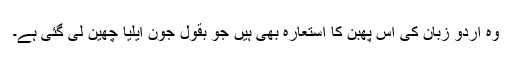
وہ اردو زبان کی اس پھبن کا استعارہ بھی ہیں جو بقولَ جونؔ ایلیا چھین لی گئی ہے۔